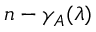
n - \gamma _ { A } ( \lambda )